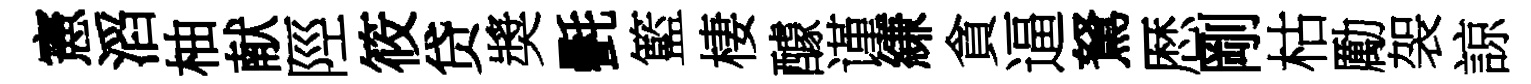
憲滔柚献陘筱贷奬㲲籃棲醵谨縑貪逼駑厯剛枯勵袈諒